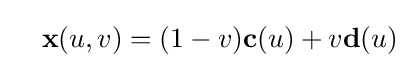
\quad \mathbf {x} (u,v)=(1-v)\mathbf {c} (u)+v\mathbf {d} (u)